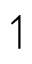
\upharpoonleft